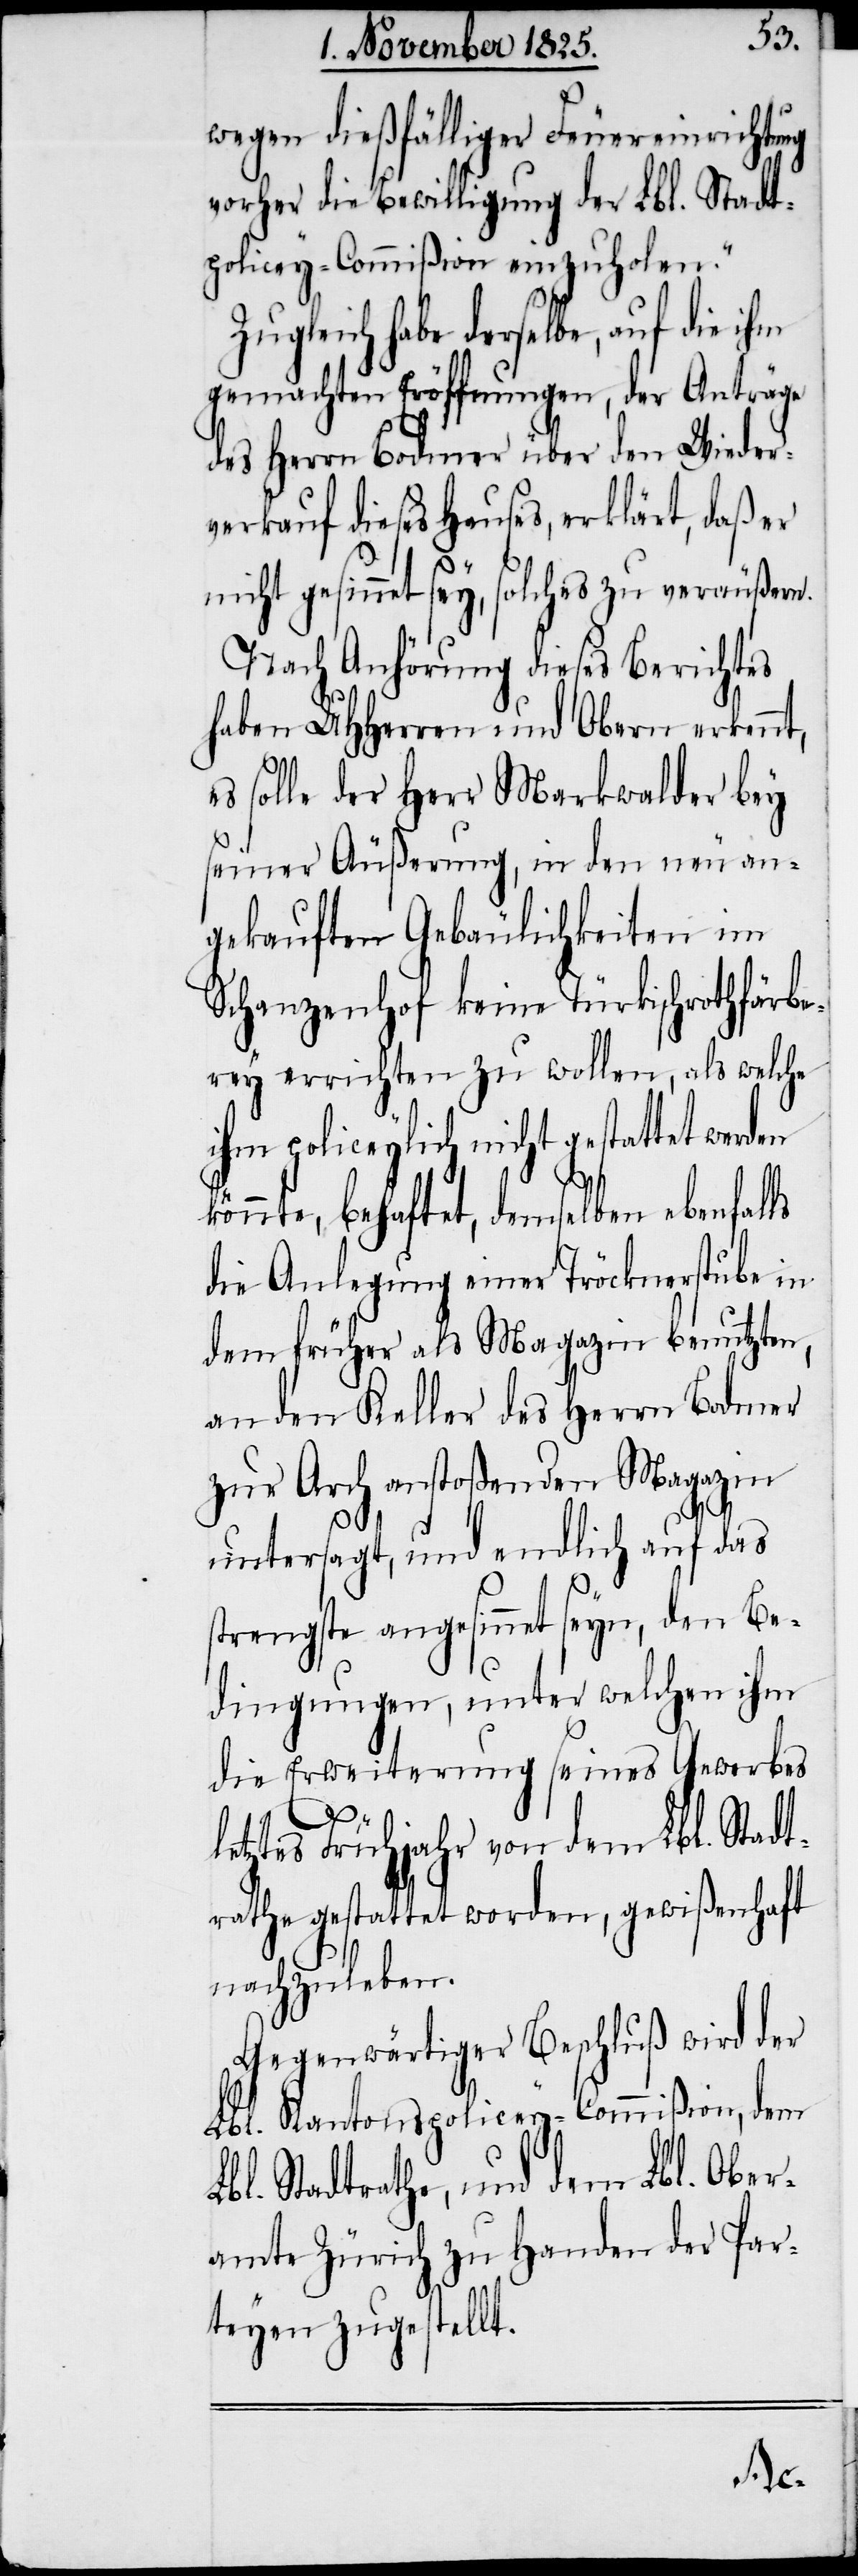
wegen dießfälliger Feuereinrichtu¬
vorher die Bewilligung der Lbl. Stadt¬
policey-Commißion einzuholen.
Zugleich habe derselbe, auf die ihm
gemachten Eröffnungen, der Anträge
des Herrn Bodmer über den Wieder¬
verkauf dieses Hauses, erklärt, daß er
nicht gesinnet sey, solches zu veräußern.
Nach Anhörung dieses Berichtes
haben UHHerren und Obern erkennt,
es solle der Herr Markwalder bey
seiner Äußerung, in den neu an¬
gekauften Gebäulichkeiten im
Schanzenhof keine Türkischrothfärbe¬
rey errichten zu wollen, als welche
ihm policeylich nicht gestattet werden
nte, behaftet, demselben ebenfal¬
die Anlegung einer Tröcknerstube in
dem früher als Magazin benutzten,
an den Keller des Herrn Bodmer
zur Arch anstoßenden Magazin
untersagt, und endlich auf das
strengste angesinnet seyn, den Be¬
dingungen, unter welchen ihm
die Erweiterung seines Gewerbes
L¬
letztes Frühjahr von dem Lbl. Stadt¬
rathe gestattet worden, gewißenhaft
nachzuleben.
Gegenwärtiger Beschluß wird der
Lbl. Kantonspolicey-Commißion, dem
bl. Stadtrathe, und dem Lbl Ober¬
amte Zürich zu Handen der Par¬
teyen zugestellt.
kön¬